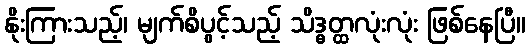
နိုးကြားသည့်၊ မျက်စိပွင့်သည့် သိဒ္ဓတ္ထလုံးလုံး ဖြစ်နေပြီ။